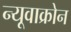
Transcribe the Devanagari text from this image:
न्यूवाक्रोन